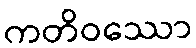
ကတိဝဿော